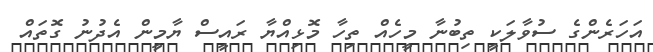
އަހަރެންގެ ސުވާލަކީ ތިބުނާ މީހެއް ތިހާ މޮޅިއްޔާ ރައީސް ޔާމީން އެދުނު ގޮތައް